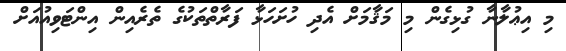
މި އިޢުލާނާ ގުޅިގެން މި މަޤާމަށް އެދި ހުށަހަޅާ ފަރާތްތަކުގެ ތެރެއިން އިންޓަވިއުއަށް